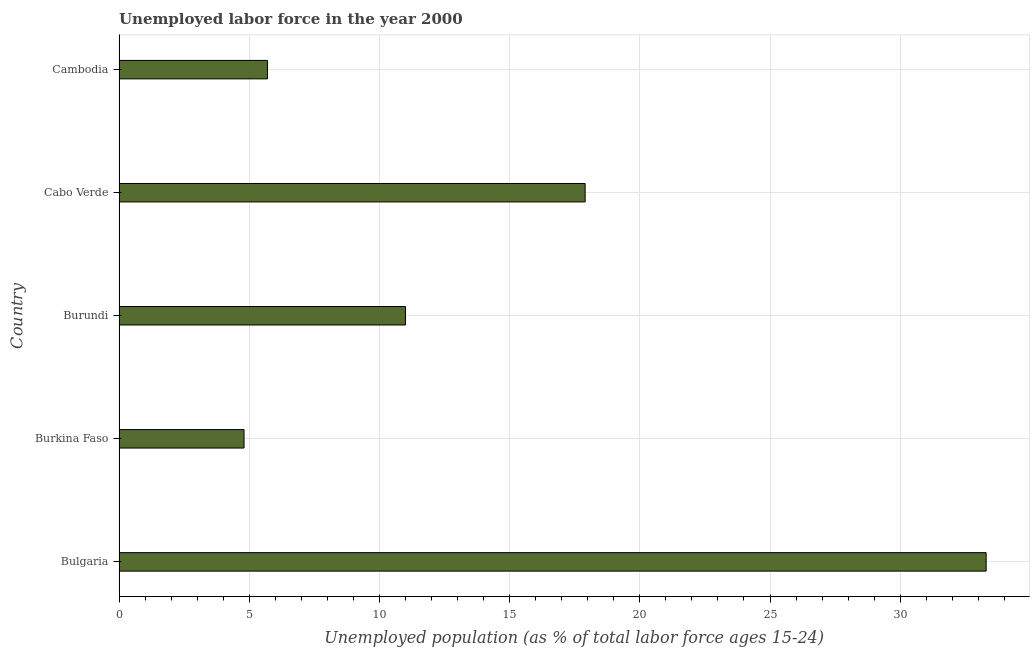
| Country | Unemployment |
 | --- | --- |
 | Bulgaria | 33.3 |
 | Burkina Faso | 4.8 |
 | Burundi | 11 |
 | Cabo Verde | 17.9 |
 | Cambodia | 5.7 |